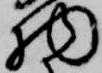
物